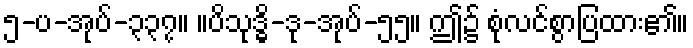
၅-ပ-အုပ်-၃၃၇။ ။ပိသုဒ္ဓိ-ဒု-အုပ်-၅၅။ ဤ၌ စုံလင်စွာပြထား၏။